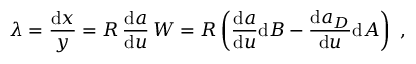
\lambda = \frac { \mathrm { d } x } { y } = { R } \, \frac { \mathrm { d } a } { \mathrm { d } u } \, { \cal W } = { R } \left( \frac { \mathrm { d } a } { \mathrm { d } u } \mathrm { d } B - \frac { \mathrm { d } a _ { D } } { \mathrm { d } u } \mathrm { d } A \right) \ ,